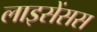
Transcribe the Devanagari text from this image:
लाइसेंसस